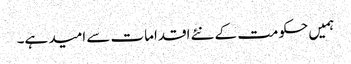
ہمیں حکومت کے نئے اقدامات سے امید ہے۔